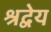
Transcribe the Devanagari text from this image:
श्रद्वेय